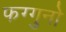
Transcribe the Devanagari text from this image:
फग्गुनो